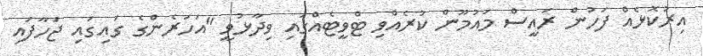
އިރުކޮޅެއް ފަހުން ރައީސް މައުމޫން ކުރެއްވި ޓްވީޓެއްގައި ވިދާޅުވީ "އަހަރެންގެ ގައިގައި ޖަހާފައި